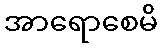
အာရောစေမိ